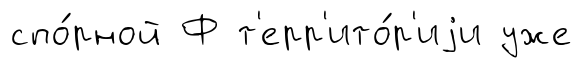
спо́рной Ф т'ерр'ито́р'иjи уже